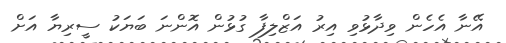
އޭނާ އެހެން ވިދާޅުވި އިރު އަޒްލިފާ ގުޅުން އޮންނަ ބަޔަކު ސީރިޔާ އަށް